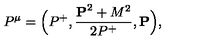
P ^ { \mu } = \Big ( P ^ { + } , { \frac { { \bf P } ^ { 2 } + M ^ { 2 } } { 2 P ^ { + } } } , { \bf P } \Big ) ,